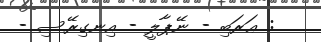
: ޢަރަބި - ނޭޕާލީ - އިނގިރޭސި -